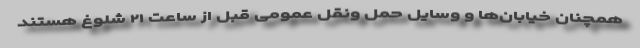
همچنان خیابان‌ها و وسایل حمل ونقل عمومی قبل از ساعت ۲۱ شلوغ هستند